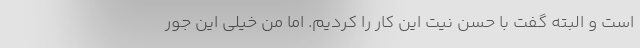
است و البته گفت با حسن نیت این کار را کردیم. اما من خیلی این جور